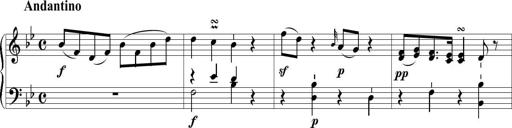
Title: 6 Leichte Sonatinen, Teil 1
Composer: F. Sigismund Sander